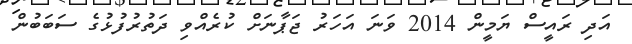
އަދި ރައީސް ޔަމީން 2014 ވަނަ އަހަރު ޖަޕާނަށް ކުރެއްވި ދަތުރުފުޅުގެ ސަބަބުން